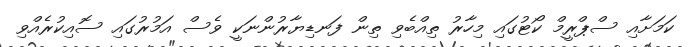
ކަމަށާއި ސްޕްރީމް ކޯޓުގައި މިހާރު ތިއްބެވި ތިން ފަނޑިޔާރުންނަކީ ވެސް އަމުރުގައި ސޮއިކުރެއްވި